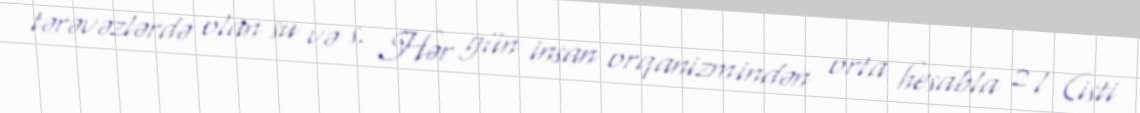
tərəvəzlərdə olan su və s. Hər gün insan orqanizmindən orta hesabla 2 l (isti